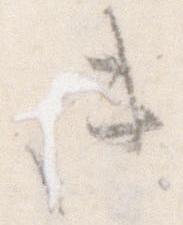
き